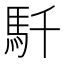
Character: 𩡴